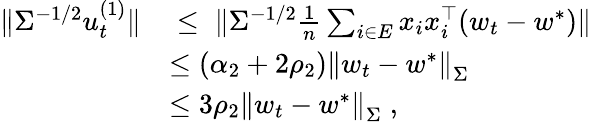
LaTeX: \begin{array}{rl}{\| \Sigma^{-1/2}u_{t}^{(1)}\| }&{\; \leq\; \| \Sigma^{-1/2}\frac{1}{n}\sum_{i\in E}x_{i}x_{i}^{\top}(w_{t}-w^{*})\| }\\ &{\leq\left(\alpha_{2}+2\rho_{2}\right)\left\| w_{t}-w^{*}\right\| _{\Sigma}}\\ &{\leq 3\rho_{2}\left\| w_{t}-w^{*}\right\| _{\Sigma}\; ,}\end{array}